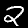
Label: 2